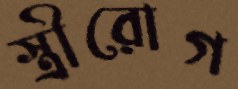
স্ত্রীরোগ